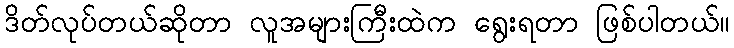
ဒိတ်လုပ်တယ်ဆိုတာ လူအများကြီးထဲက ရွေးရတာ ဖြစ်ပါတယ်။